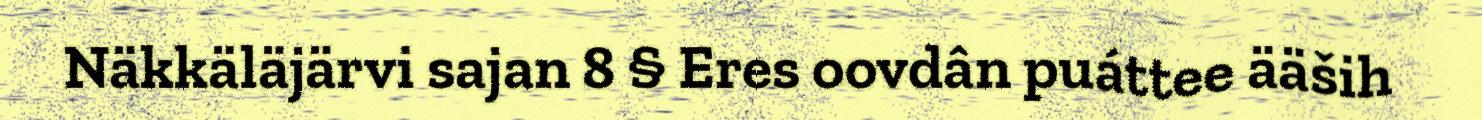
Näkkäläjärvi sajan 8 § Eres oovdân puáttee ääših